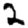
Digit: 2